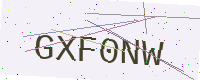
Text: GXF0NW